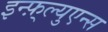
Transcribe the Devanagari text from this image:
इन्फ़्ल्युएन्स